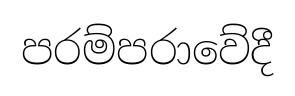
පරම්පරාවේදී